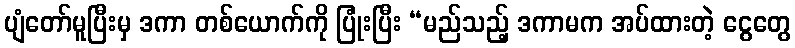
ပျံတော်မူပြီးမှ ဒကာ တစ်ယောက်ကို ပြုံးပြီး “မည်သည့် ဒကာမက အပ်ထားတဲ့ ငွေတွေ